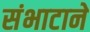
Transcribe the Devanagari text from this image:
संभाटाने